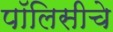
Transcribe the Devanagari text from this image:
पॉलिसीचे